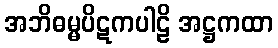
အဘိဓမ္မပိဋကပါဠိ အဋ္ဌကထာ